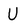
Character: U